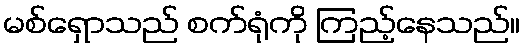
မစ်ရှောသည် စက်ရုံကို ကြည့်နေသည်။